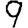
Digit: 9